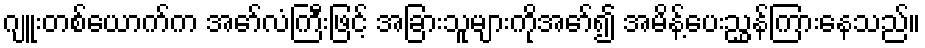
ဂျူးတစ်ယောက်က အော်လံကြီးဖြင့် အခြားသူများကိုအော်၍ အမိန့်ပေးညွှန်ကြားနေသည်။